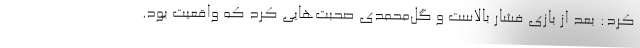
کرد: بعد از بازی فشار بالاست و گل‌محمدی صحبت‌هایی کرد که واقعیت بود.